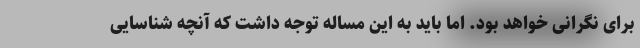
برای نگرانی خواهد بود. اما باید به این مساله توجه داشت که آنچه شناسایی